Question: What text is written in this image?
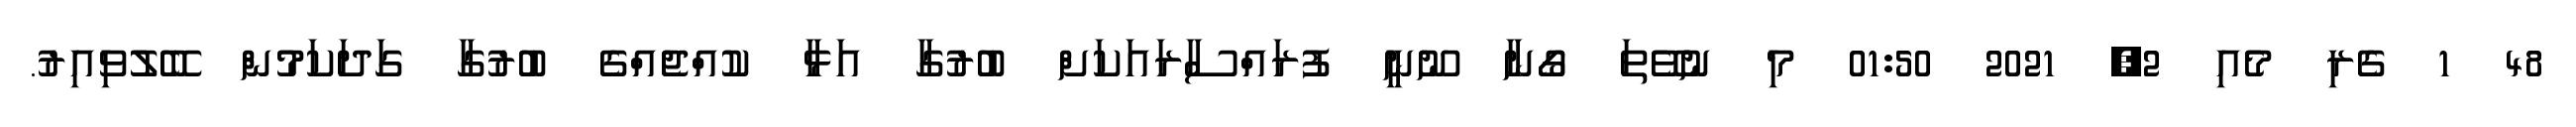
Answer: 48 1 ގެރި މެއި 2, 2021 01:50 މި ނުވޭތަ ގޯނާ ނޫނީ ފުރައްސާރައަކަށް ބުރުގާ އަޅާ ކުއްޖެއްގެ ބުރުގާ ގަދަކަމުން ބޭލުވިއިރު.